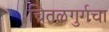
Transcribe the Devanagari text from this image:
चितळगुर्गचा